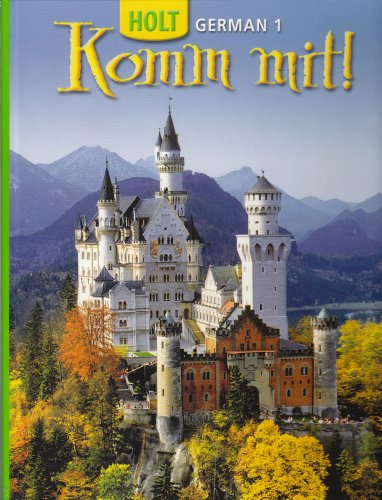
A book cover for Komm mit!: Student Edition Level 1 2006; RINEHART AND WINSTON HOLT; Teen & Young Adult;